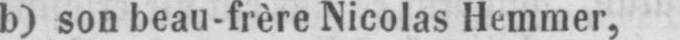
b) son beau-frère Nicolas Hemmer,